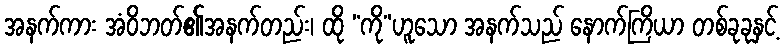
အနက်ကား အံဝိဘတ်၏အနက်တည်း၊ ထို “ကို”ဟူသော အနက်သည် နောက်ကြိယာ တစ်ခုခုနှင့်